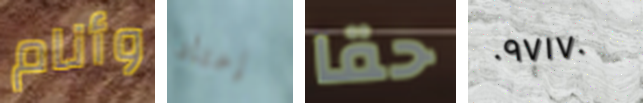
وأنام إعتاد حقا ٠٩٧١٧٠